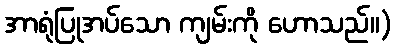
အာရုံပြုအပ်သော ကျမ်းကို ဟောသည်။)